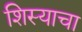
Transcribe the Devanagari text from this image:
शिस्याचा